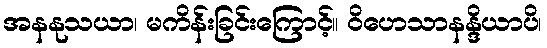
အနနုသယာ၊ မကိန်းခြင်းကြောင့်။ ဝိဟေသာနန္ဒိယာပိ၊